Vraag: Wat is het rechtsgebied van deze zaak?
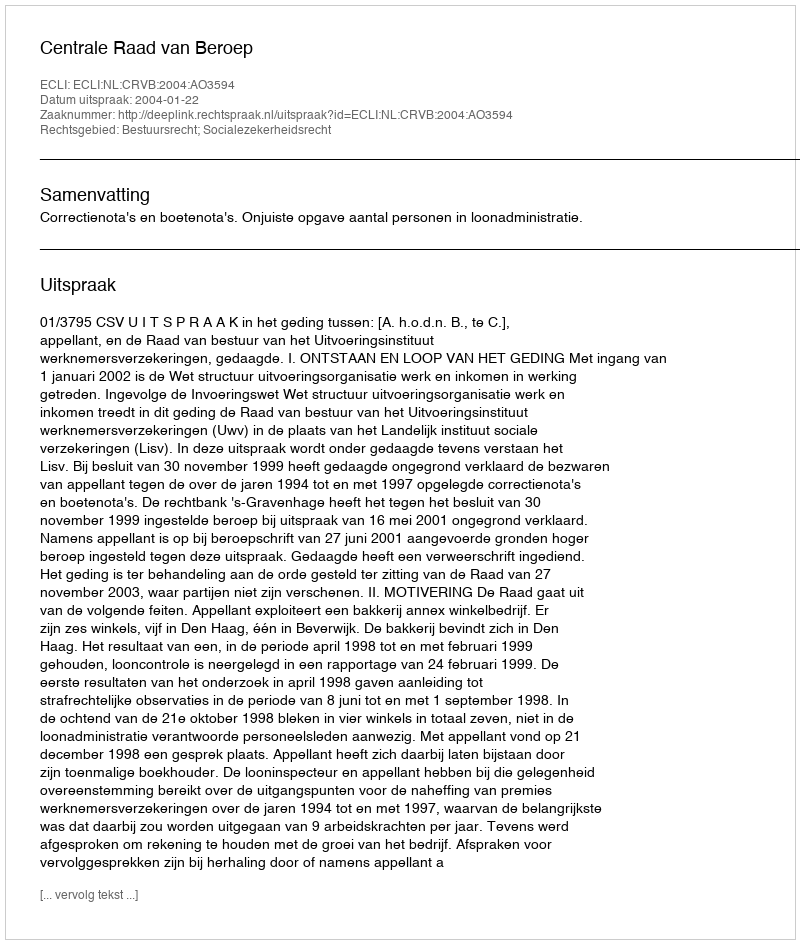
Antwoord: Bestuursrecht; Socialezekerheidsrecht